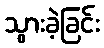
သွားခဲ့ခြင်း